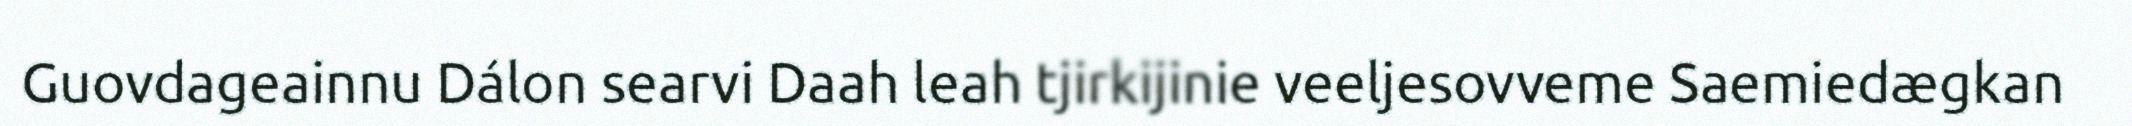
Guovdageainnu Dálon searvi Daah leah tjirkijinie veeljesovveme Saemiedægkan